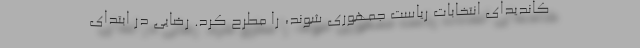
کاندیدای انتخابات ریاست جمهوری شوند، را مطرح کرد. رضایی در ابتدای